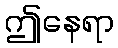
ဤနေရာ